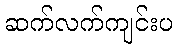
ဆက်လက်ကျင်းပ